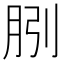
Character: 𭨱